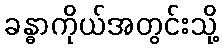
ခန္ဓာကိုယ်အတွင်းသို့